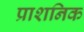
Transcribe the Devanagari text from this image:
प्राशनिक